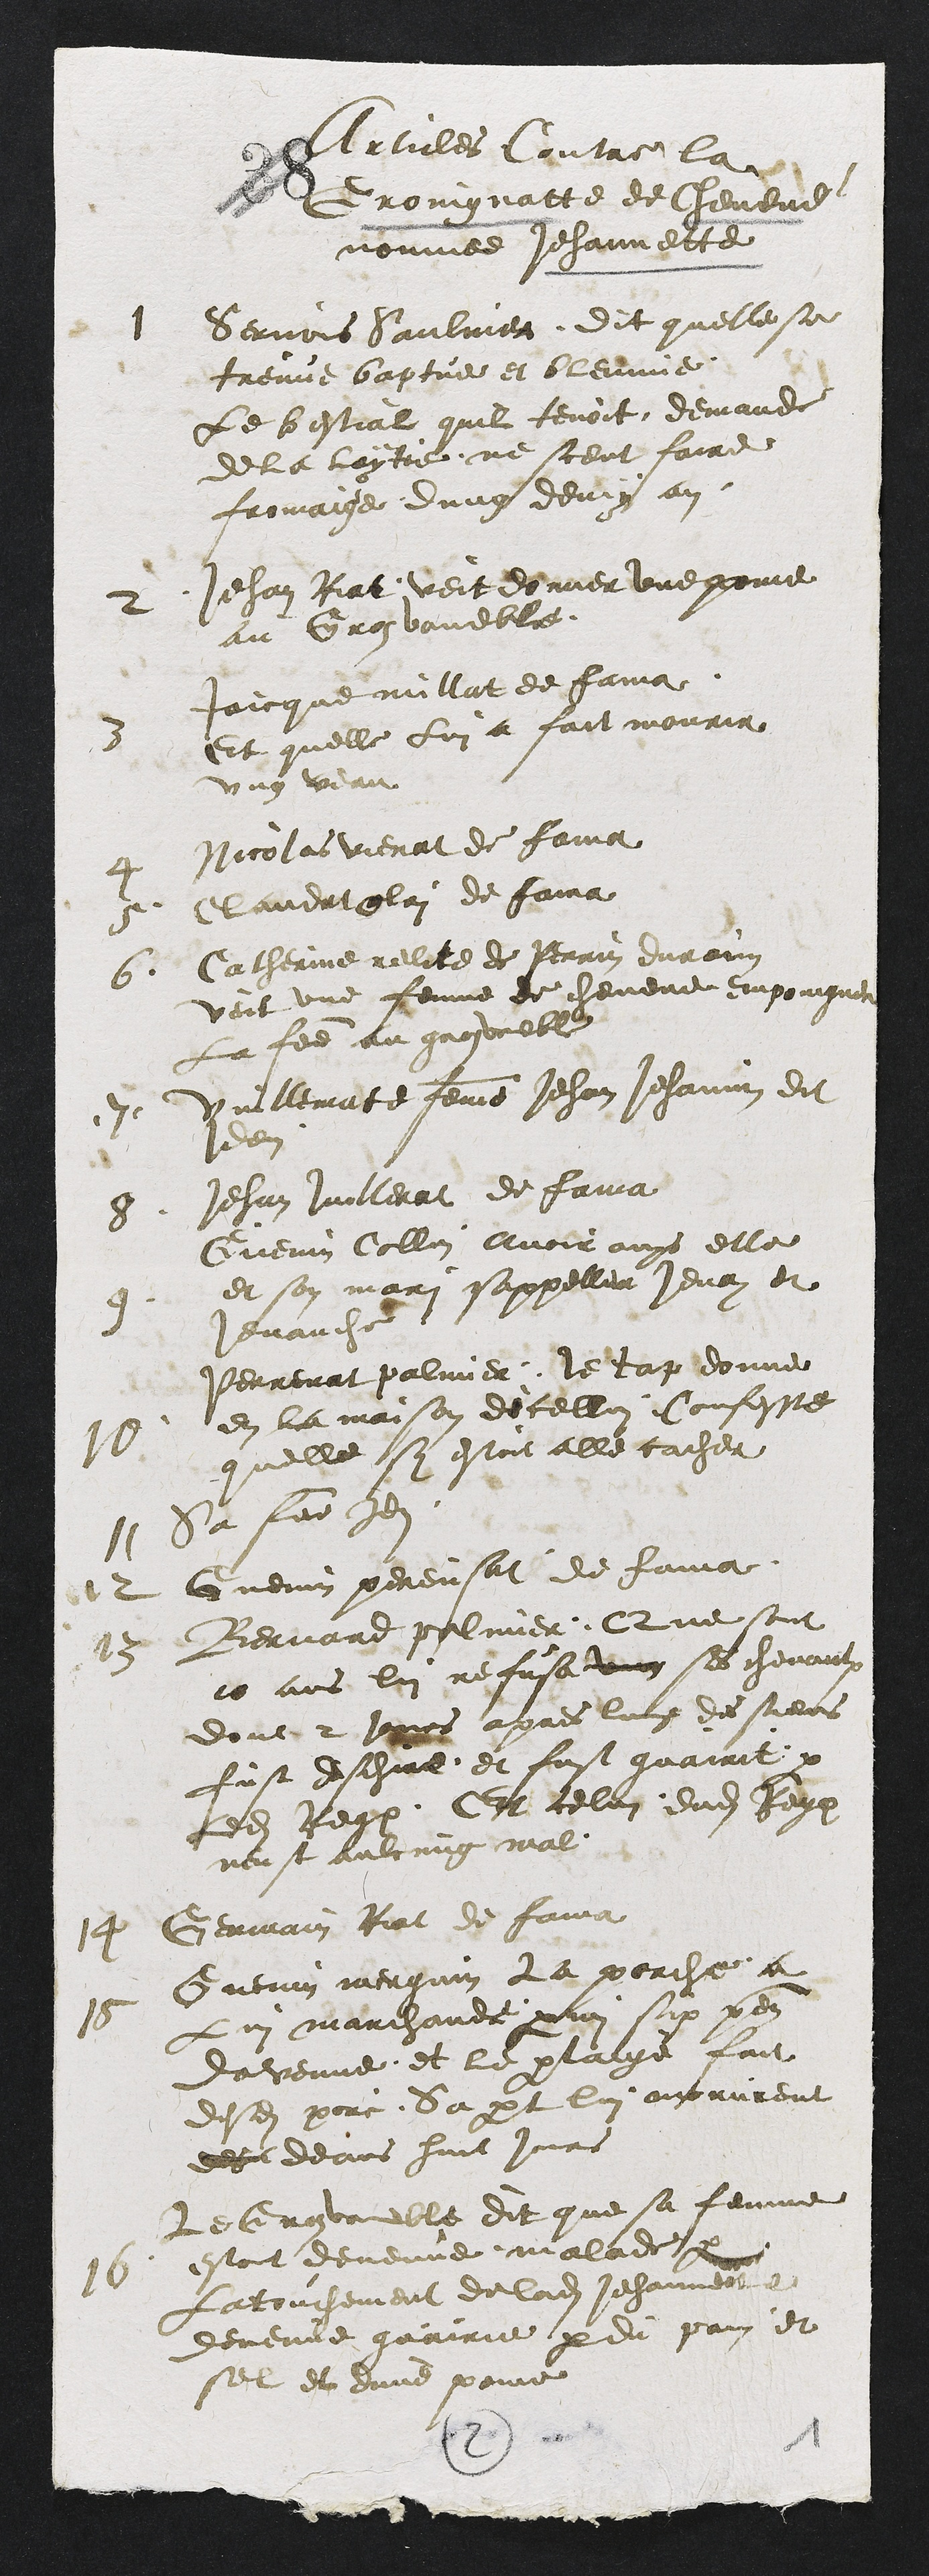
articles Contre la
Grongnatte de leveeve
nomme Jehannette
1
Serois Saule dit quelle se
trene baptue et blenne
Le bestial quil tenoit demande
de la layte ne scent faire
fromache dung deux an
2
Jehan lat voit donner une ponne
au Gron voueble
3
Jaicque maillat de faia
Et quelle Lui a fait mourir
ung veau
4
Nicolas vienat de faia
5
landat lui de faira
6.
Catherine relite de Perrin durant
voit une femme de chevene empoingne
La fee au groueble
7.
villematte femme Jehan Jehannin dit
don
8
Jehan villerrat de faia
Guenin Collin avoir ouys elle
9
et son mari sappeller jenon et
henauche
10
Perrenat paler le la donne
en la maison dicellui Confesse
quelle sy estoit alle cacher
11
Sa fue en
12
Guenin perreusat de lava
13
Bernard pluner Que sont
10 ans lui refusa ung ses chevant
dont 2 Pors apres lung des siens
fust deschee et fust guairit par
ledit Rege Et celui dudit Perr
neust aulcung mal
14
Germain lat de faia
15
Guenin merain la porche a
Lui marchande main six pen
davenue et le par laige fait
desdits porc la part lui morurent
de deans hint jours
16
Le Crolle dit que sa femme
estoit devenue malade q
Latouchement de ladite Jehannet a
devenue guairie par du pain et
sel et dune paine